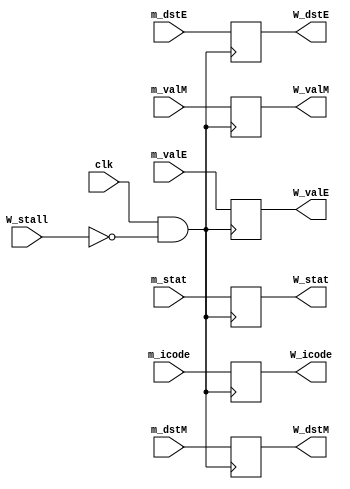
module W_regs(W_stat,W_icode,W_valE,W_valM,W_dstE,W_dstM,W_stall,m_stat,m_icode,m_valE,m_valM,m_dstE,m_dstM,clk);

input [3:0] m_stat;
input [3:0] m_icode;
input [63:0] m_valE,m_valM;
input [3:0] m_dstE,m_dstM;
input W_stall;
input clk;

output wire [3:0] W_stat;
output wire [3:0] W_icode;
output wire [63:0] W_valE,W_valM;
output wire [3:0] W_dstE,W_dstM;

reg [3:0] W_stat1;
reg [3:0] W_icode1;
reg [63:0] W_valE1,W_valM1;
reg [3:0] W_dstE1,W_dstM1;

initial
begin
    W_stat1=8;
    W_icode1=1;
    W_valE1=0;
    W_valM1=0;
    W_dstE1=0;
    W_dstM1=0;
end

assign W_stat = W_stat1;
assign W_icode = W_icode1;
assign W_valE = W_valE1;
assign W_valM = W_valM1;
assign W_dstE = W_dstE1;
assign W_dstM = W_dstM1;

always@(posedge clk && !W_stall)
begin
    W_stat1=m_stat;
    W_icode1=m_icode;
    W_valE1=m_valE;
    W_valM1=m_valM;
    W_dstE1=m_dstE;
    W_dstM1=m_dstM;
end

endmodule